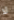
لا